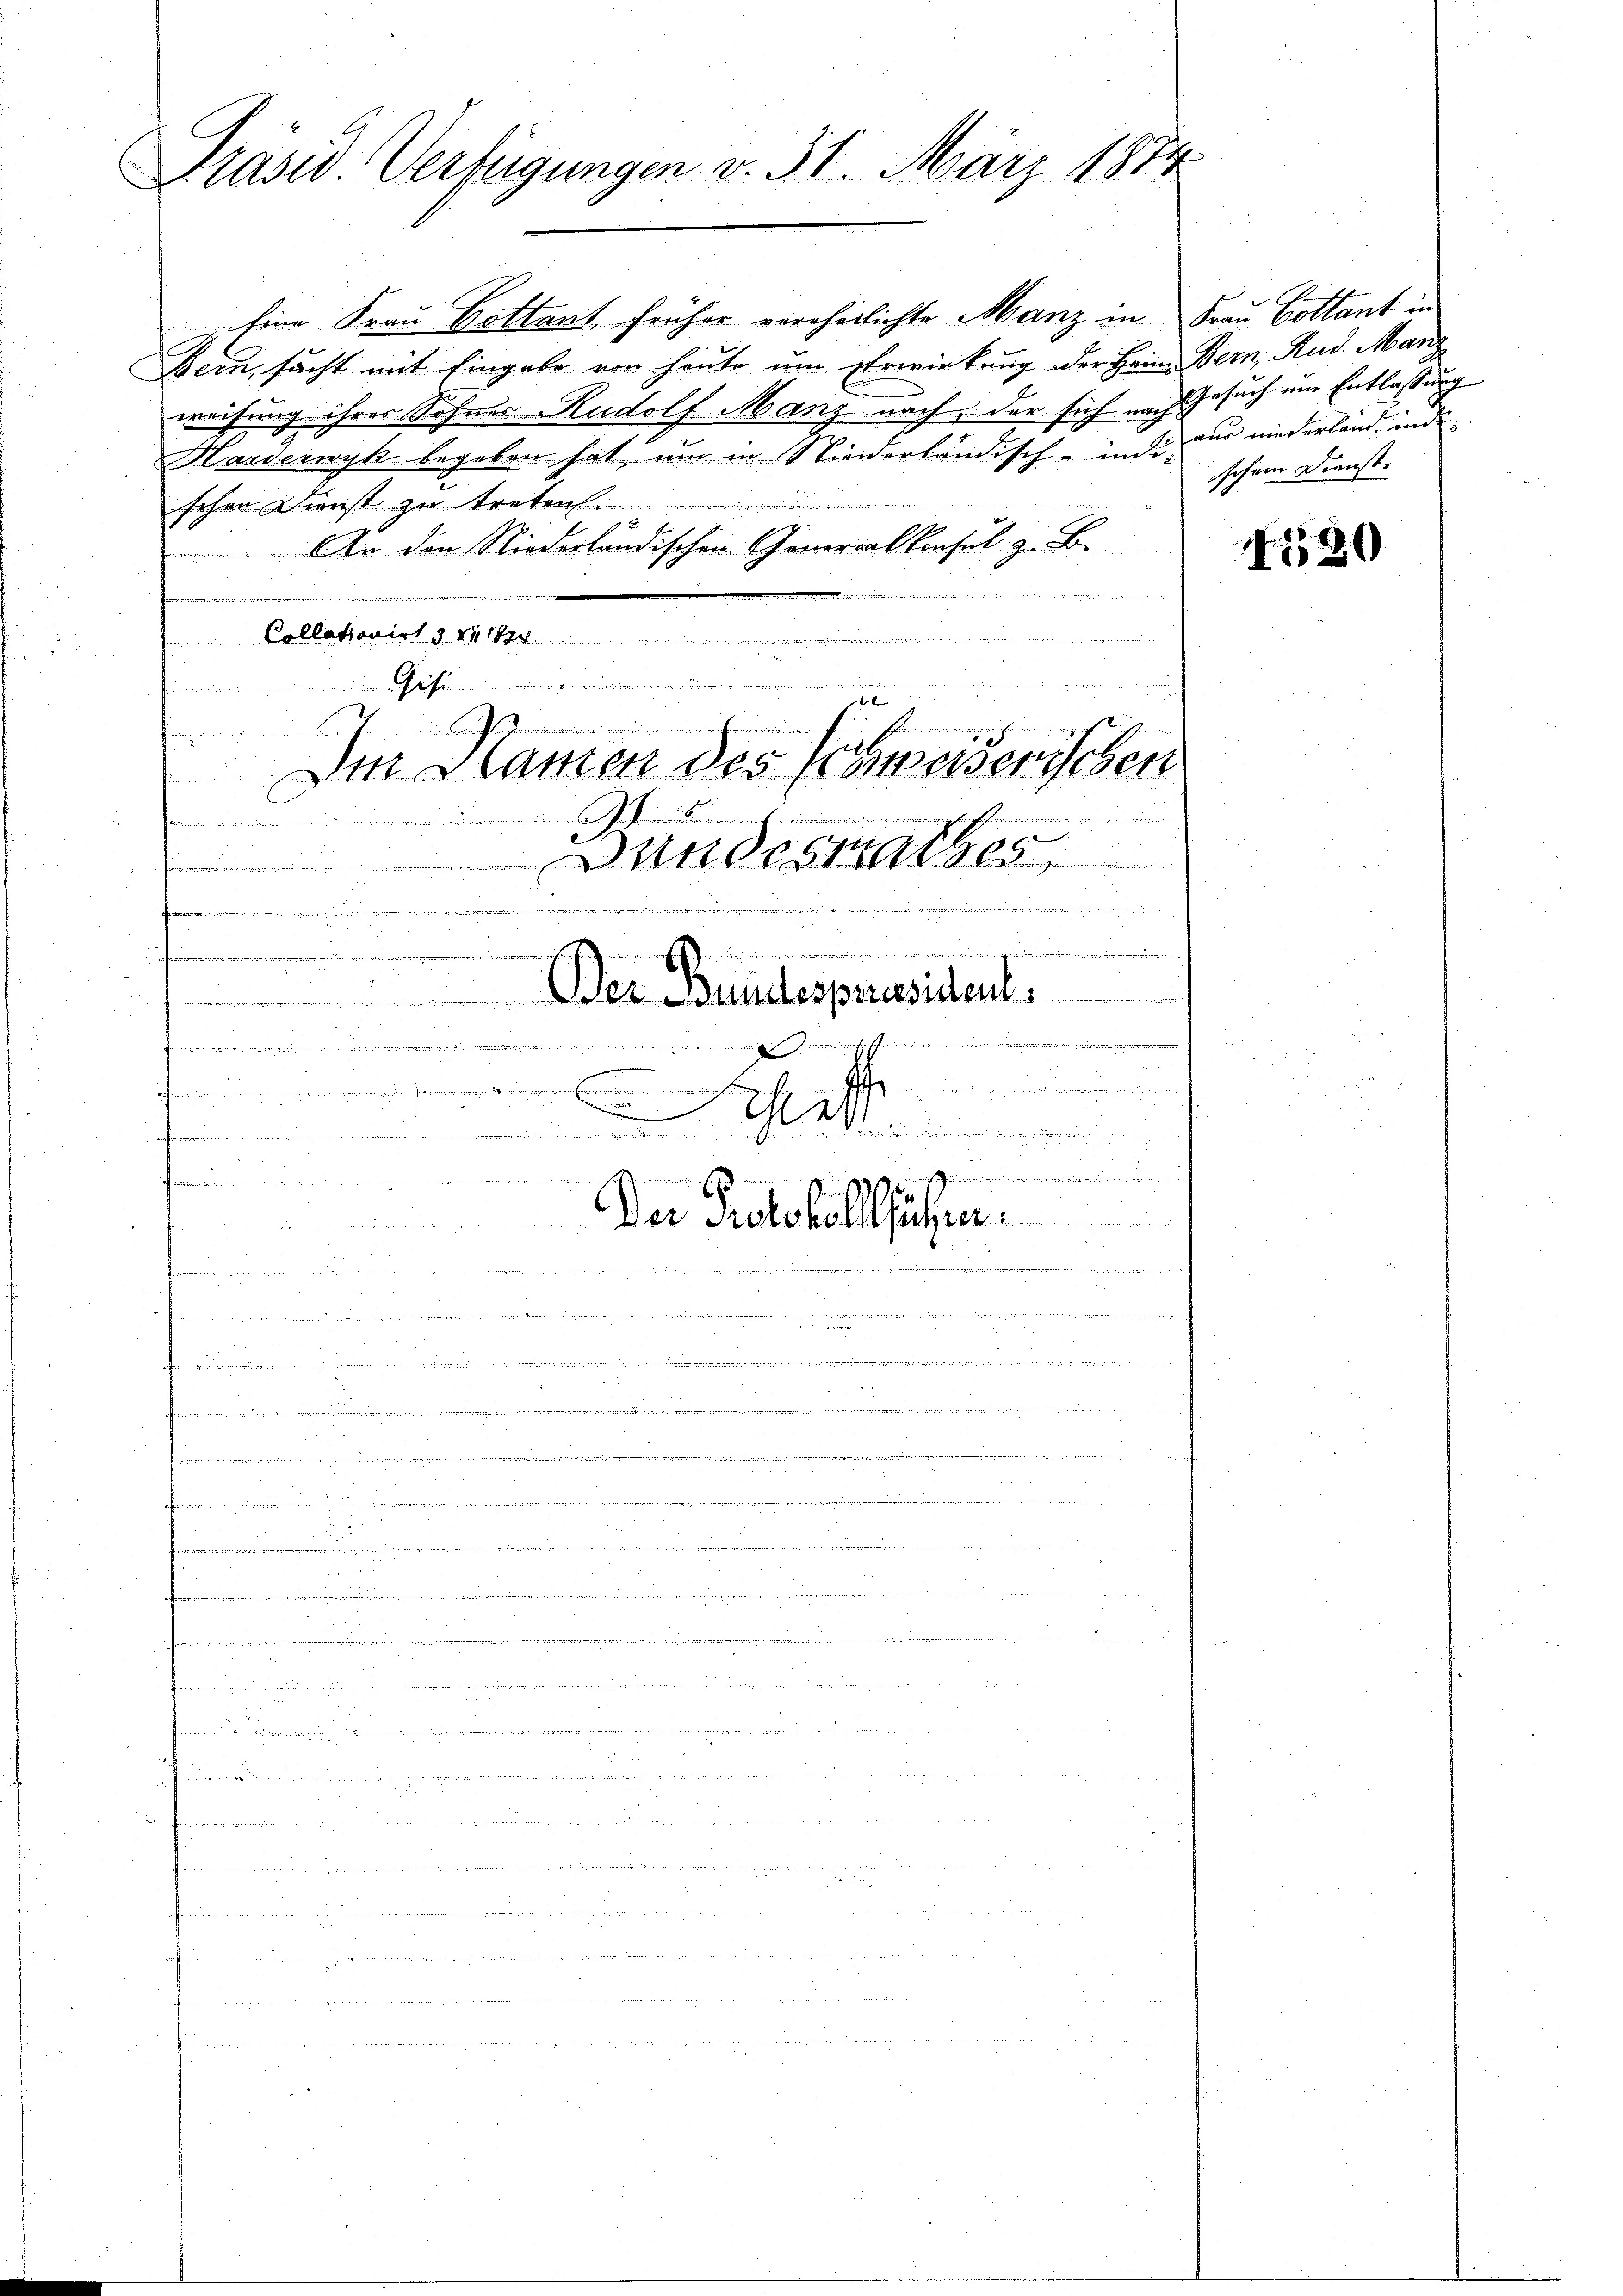
C
Prasis Verfügungen v. 31. März 1874

Eine Frau Kottant, früher verehelichte Manz in Frau Cottant in
Bern, sucht mit Eingabe von heute um Erwirkung der Heim Bern, Rud. Manz
weisung ihrer Sohnes Rudolf Manz nach, der sich nach Gesuch um Entlassung
Harderwyk begeben hat, um in Stiederländisch - in de das niederland, inde
schen Dienst zu treten
12 f
An den Niederländischen Generalkonsul z. B.
 den einen der gegen

 Collationirt d. 24. 184
2
dite ge
Gohl

e
Di Klamen des Abweiserischen
ineinte ich einen einen anderen
..................
d
st
.
s
22
..................
.
2
e
espiel
.
m 25.
itein
e
d
.

.
.
unende

d
ue er die denn die in ein wir in er meiner wenn wir man
Der Protokollführer
e

.
d
 imer einen einer

.

a einen meine Innern sammenennung

.
interm

n
e

e

.

.

schöne Dienste

420